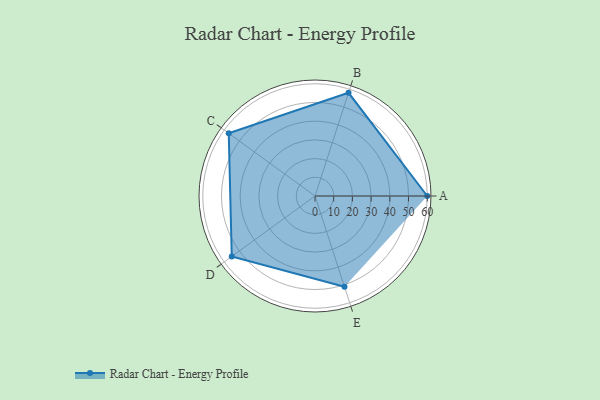
{"axis": {"x": "Skill", "y": "Score"}, "legend": ["Profile"], "data": [{"x": "A", "y": 60.0, "type": "Profile"}, {"x": "B", "y": 58.0, "type": "Profile"}, {"x": "C", "y": 57.0, "type": "Profile"}, {"x": "D", "y": 55.0, "type": "Profile"}, {"x": "E", "y": 51.0, "type": "Profile"}]}